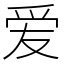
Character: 爱